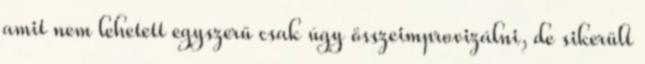
amit nem lehetett egyszerű csak úgy összeimprovizálni, de sikerült